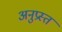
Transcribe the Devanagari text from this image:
अनुप्रस्त